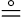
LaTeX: \circeq